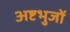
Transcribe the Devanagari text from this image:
अष्टभुजों